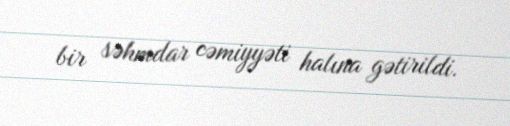
bir səhmdar cəmiyyəti halına gətirildi.